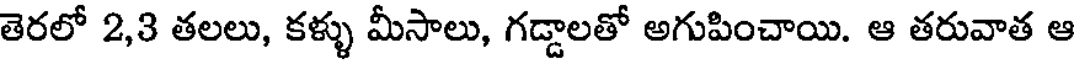
తెరలో 2,3 తలలు, కళ్ళు మీసాలు, గడ్డాలతో అగుపించాయి. ఆ తరువాత ఆ